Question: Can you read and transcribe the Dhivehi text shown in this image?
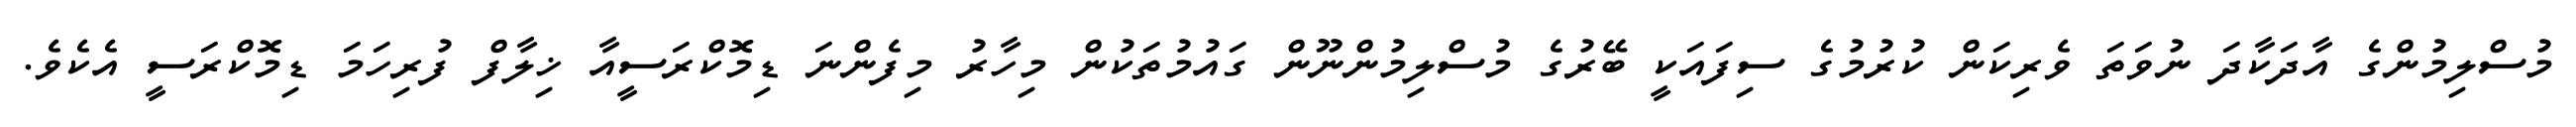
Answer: މުސްލިމުންގެ އާދަކާދަ ނުވަތަ ވެރިކަން ކުރުމުގެ ސިފައަކީ ބޭރުގެ މުސްލިމުންނޫން ގައުމުތަކުން މިހާރު މިފެންނަ ޑިމޮކްރަސީއާ ޚިލާފް ފުރިހަމަ ޑިމޮކްރަސީ އެކެވެ.